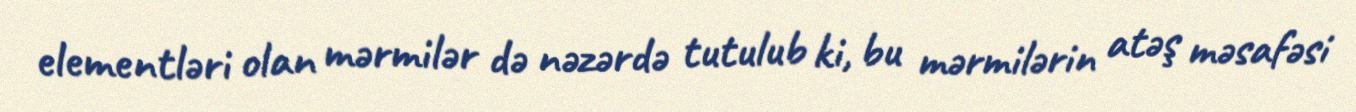
elementləri olan mərmilər də nəzərdə tutulub ki, bu mərmilərin atəş məsafəsi